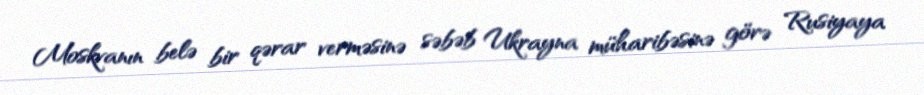
Moskvanın belə bir qərar verməsinə səbəb Ukrayna müharibəsinə görə Rusiyaya